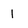
Character: 1